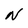
Character: N